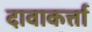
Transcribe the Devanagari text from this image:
दावाकर्त्ता